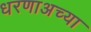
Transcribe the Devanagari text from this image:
धरणाअच्या